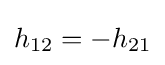
h_{12}=-h_{21}